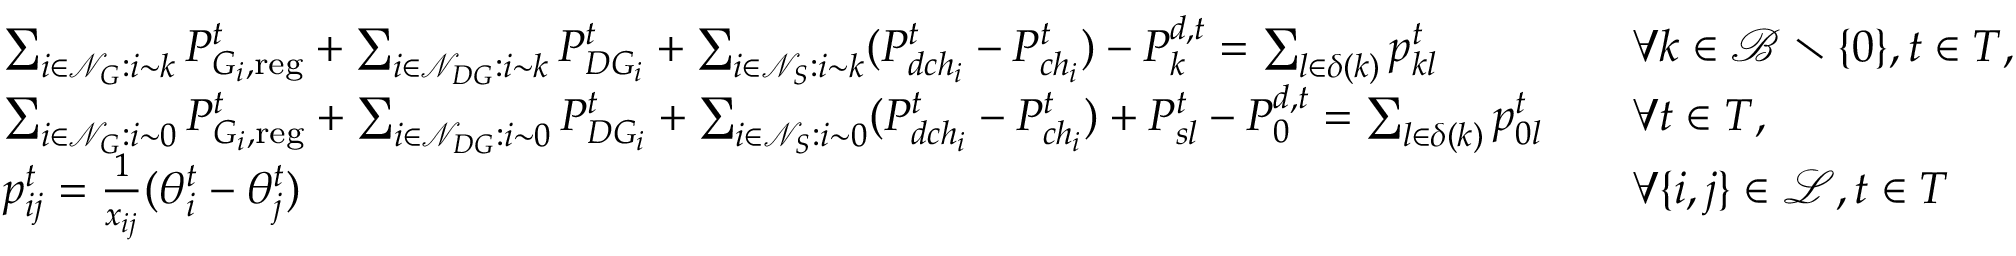
\begin{array} { r l r l } & { \sum _ { i \in \mathcal { N } _ { G } : i \sim k } P _ { G _ { i } , \mathrm { r e g } } ^ { t } + \sum _ { i \in \mathcal { N } _ { D G } : i \sim k } P _ { D G _ { i } } ^ { t } + \sum _ { i \in \mathcal { N } _ { S } : i \sim k } ( P _ { d c h _ { i } } ^ { t } - P _ { c h _ { i } } ^ { t } ) - P _ { k } ^ { d , t } = \sum _ { l \in \delta ( k ) } p _ { k l } ^ { t } } & & { \forall k \in \mathcal { B } \setminus \{ 0 \} , t \in T , } \\ & { \sum _ { i \in \mathcal { N } _ { G } : i \sim 0 } P _ { G _ { i } , \mathrm { r e g } } ^ { t } + \sum _ { i \in \mathcal { N } _ { D G } : i \sim 0 } P _ { D G _ { i } } ^ { t } + \sum _ { i \in \mathcal { N } _ { S } : i \sim 0 } ( P _ { d c h _ { i } } ^ { t } - P _ { c h _ { i } } ^ { t } ) + P _ { s l } ^ { t } - P _ { 0 } ^ { d , t } = \sum _ { l \in \delta ( k ) } p _ { 0 l } ^ { t } } & & { \forall t \in T , } \\ & { p _ { i j } ^ { t } = \frac { 1 } { x _ { i j } } ( \theta _ { i } ^ { t } - \theta _ { j } ^ { t } ) } & & { \forall \{ i , j \} \in \mathcal { L } , t \in T } \end{array}